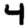
Digit: 4